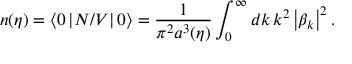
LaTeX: n ( \eta ) = \langle 0 \left| { \cal N } / V \right| 0 \rangle = \frac { 1 } { \pi ^ { 2 } a ^ { 3 } ( \eta ) } \int _ { 0 } ^ { \infty } d k \, k ^ { 2 } \left| \beta _ { k } \right| ^ { 2 } .